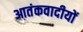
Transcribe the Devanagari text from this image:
आतंकवादीयों